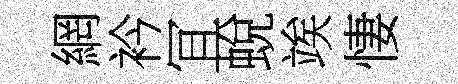
網衿冝蛻竢悽